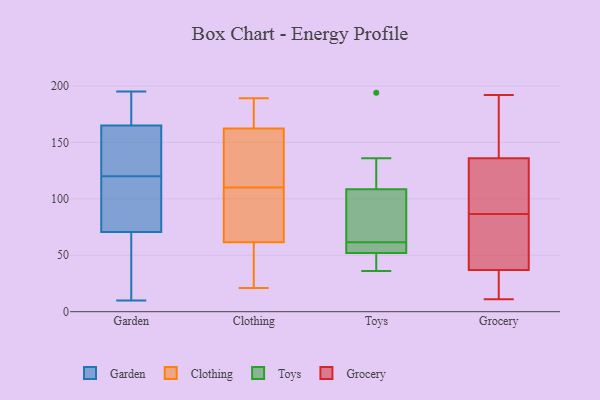
{"axis": {"x": "Demand Index", "y": "Value"}, "legend": ["Clothing", "Garden", "Grocery", "Toys"], "data": [{"x": "", "y": 27, "type": "Garden"}, {"x": "", "y": 116, "type": "Garden"}, {"x": "", "y": 149, "type": "Garden"}, {"x": "", "y": 51, "type": "Garden"}, {"x": "", "y": 188, "type": "Garden"}, {"x": "", "y": 68, "type": "Garden"}, {"x": "", "y": 124, "type": "Garden"}, {"x": "", "y": 108, "type": "Garden"}, {"x": "", "y": 166, "type": "Garden"}, {"x": "", "y": 10, "type": "Garden"}, {"x": "", "y": 179, "type": "Garden"}, {"x": "", "y": 155, "type": "Garden"}, {"x": "", "y": 73, "type": "Garden"}, {"x": "", "y": 195, "type": "Garden"}, {"x": "", "y": 104, "type": "Garden"}, {"x": "", "y": 164, "type": "Garden"}, {"x": "", "y": 113, "type": "Clothing"}, {"x": "", "y": 110, "type": "Clothing"}, {"x": "", "y": 183, "type": "Clothing"}, {"x": "", "y": 43, "type": "Clothing"}, {"x": "", "y": 54, "type": "Clothing"}, {"x": "", "y": 83, "type": "Clothing"}, {"x": "", "y": 114, "type": "Clothing"}, {"x": "", "y": 66, "type": "Clothing"}, {"x": "", "y": 64, "type": "Clothing"}, {"x": "", "y": 21, "type": "Clothing"}, {"x": "", "y": 161, "type": "Clothing"}, {"x": "", "y": 110, "type": "Clothing"}, {"x": "", "y": 168, "type": "Clothing"}, {"x": "", "y": 32, "type": "Clothing"}, {"x": "", "y": 166, "type": "Clothing"}, {"x": "", "y": 189, "type": "Clothing"}, {"x": "", "y": 70, "type": "Clothing"}, {"x": "", "y": 59, "type": "Toys"}, {"x": "", "y": 37, "type": "Toys"}, {"x": "", "y": 136, "type": "Toys"}, {"x": "", "y": 194, "type": "Toys"}, {"x": "", "y": 51, "type": "Toys"}, {"x": "", "y": 106, "type": "Toys"}, {"x": "", "y": 64, "type": "Toys"}, {"x": "", "y": 70, "type": "Toys"}, {"x": "", "y": 111, "type": "Toys"}, {"x": "", "y": 59, "type": "Toys"}, {"x": "", "y": 53, "type": "Toys"}, {"x": "", "y": 36, "type": "Toys"}, {"x": "", "y": 66, "type": "Grocery"}, {"x": "", "y": 11, "type": "Grocery"}, {"x": "", "y": 26, "type": "Grocery"}, {"x": "", "y": 33, "type": "Grocery"}, {"x": "", "y": 192, "type": "Grocery"}, {"x": "", "y": 87, "type": "Grocery"}, {"x": "", "y": 125, "type": "Grocery"}, {"x": "", "y": 136, "type": "Grocery"}, {"x": "", "y": 107, "type": "Grocery"}, {"x": "", "y": 136, "type": "Grocery"}, {"x": "", "y": 146, "type": "Grocery"}, {"x": "", "y": 37, "type": "Grocery"}, {"x": "", "y": 72, "type": "Grocery"}, {"x": "", "y": 86, "type": "Grocery"}]}